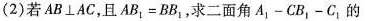
(2)若AB \bot AC，且$$AB_{1}=BB_{1}$$，求二面角A_{1}-CB_{1}-C_{1}的